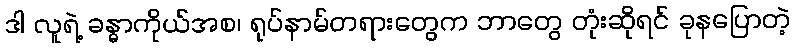
ဒါ လူရဲ့ ခန္ဓာကိုယ်အစ၊ ရုပ်နာမ်တရားတွေက ဘာတွေ တုံးဆိုရင် ခုနပြောတဲ့